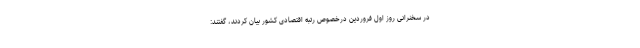
در سخنرانی روز اول فروردین درخصوص رتبه اقتصادی کشور بیان کردند، گفتند: